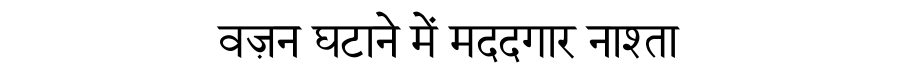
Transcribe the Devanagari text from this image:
वज़न घटाने में मददगार नाश्ता